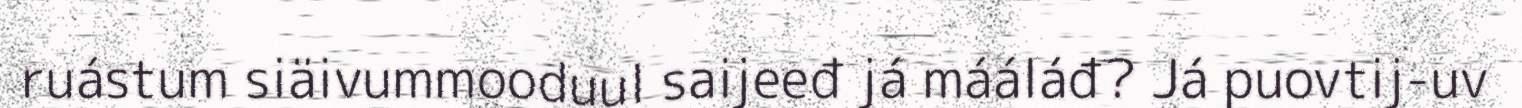
ruástum siäivummooduul saijeeđ já mááláđ? Já puovtij-uv